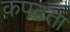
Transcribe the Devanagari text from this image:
कपटता